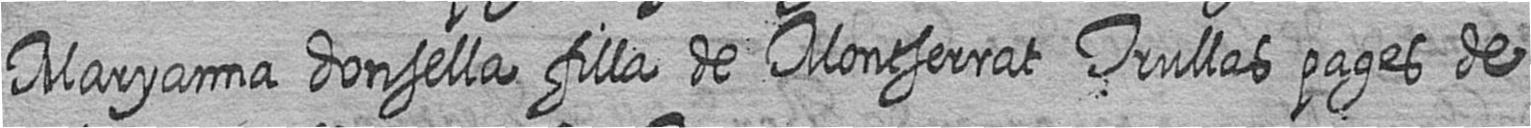
Maryanna donsella filla de Montserrat Trullas pages de